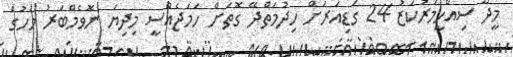
މީދޫ ސިއްހީމަރުކަޒު 24 ގަޑިއަރަށް ހިދުމަތްދޭ ގޮތަށް ހަމަޖެއްސީ މިދިޔަ ނޮވެމްބަރު މަހުގެ